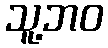
သူ့ဘဝ